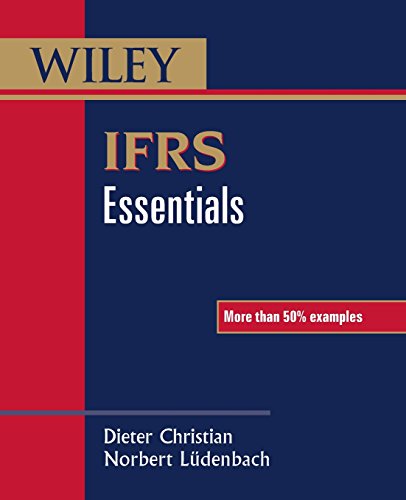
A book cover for IFRS Essentials; Dieter Christian; Business & Money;